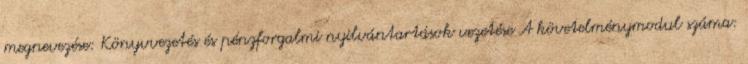
megnevezése: Könyvvezetés és pénzforgalmi nyilvántartások vezetése A követelménymodul száma: